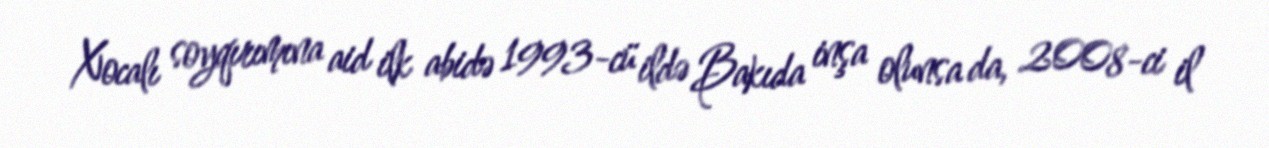
Xocalı soyqırımına aid ilk abidə 1993-cü ildə Bakıda inşa olunsa da, 2008-ci il